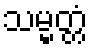
သမ္မတ္တံ